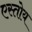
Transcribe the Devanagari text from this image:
एस्तोय